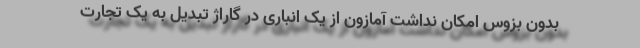
بدون بزوس امکان نداشت آمازون از یک انباری در گاراژ تبدیل به یک تجارت